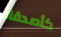
كأصدقاء